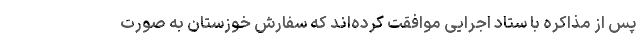
پس از مذاکره با ستاد اجرایی موافقت کرده‌اند که سفارش خوزستان به صورت